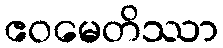
ဧဝမေတိဿာ